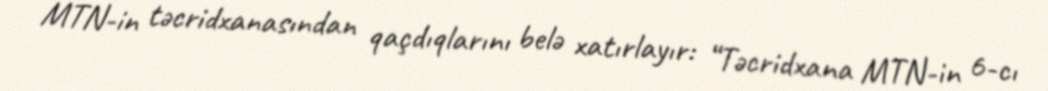
MTN-in təcridxanasından qaçdıqlarını belə xatırlayır: “Təcridxana MTN-in 6-cı